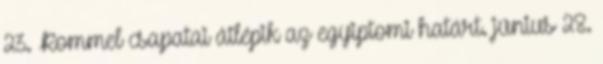
23. Rommel csapatai átlépik az egyiptomi határt. június 28.